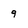
Character: 9